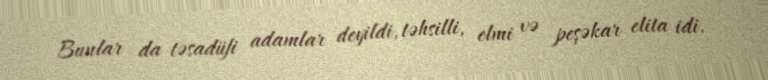
Bunlar da təsadüfi adamlar deyildi, təhsilli, elmi və peşəkar elita idi.